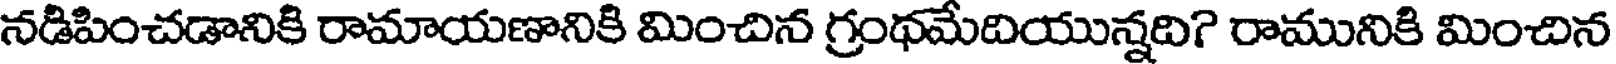
నడిపించడానికి రామాయణానికి మించిన గ్రంథమేదియున్నది? రామునికి మించిన